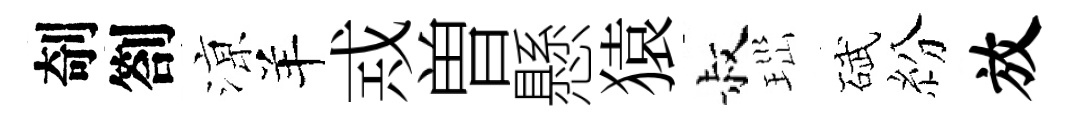
剞劄鿌羊𢦶曽懸猿叔𤤼碔紛放